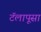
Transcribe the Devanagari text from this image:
टॅलापूसा